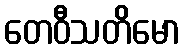
တေဝီသတိမော